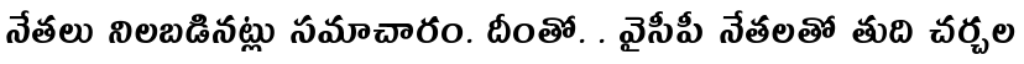
నేతలు నిలబడినట్లు సమాచారం. దీంతో. . వైసీపీ నేతలతో తుది చర్చల